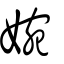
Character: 婉